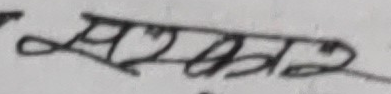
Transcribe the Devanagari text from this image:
सबलता